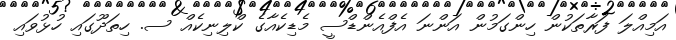
އަމިއްލަ ފަރާތަކުން ހިންގަމުން އަންނަ އެފްއެންޑްސީ މެޑިކެއާގެ ކްލިނިކެއް ސ. ހިތަދޫގައި ހުޅުވައި